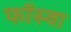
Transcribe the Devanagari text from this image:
फॉस्वा